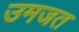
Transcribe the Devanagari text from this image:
उमजत